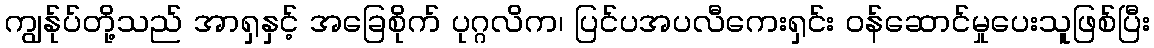
ကျွန်ုပ်တို့သည် အာရှနှင့် အခြေစိုက် ပုဂ္ဂလိက၊ ပြင်ပအပလီကေးရှင်း ဝန်ဆောင်မှုပေးသူဖြစ်ပြီး